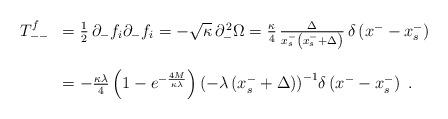
LaTeX: \begin{align*}\begin{array}{cl}T_{--}^f&={1\over2}\,\partial_- f_i\partial_- f_i=-\sqrt{\kappa}\,\partial_-^{\,2}\Omega={\kappa\over4}\,\frac{\Delta}{x^-_s\left(x^-_s+\Delta\right)}\,\delta\left(x^--x^-_s\right)\\\\\ &=-{{\kappa\lambda}\over4}\left(1-e^{-\frac{4M}{\kappa\lambda}}\right){\left(-\lambda\left(x^-_s+\Delta\right)\right)}^{-1}\delta\left(x^--x^-_s\right)\;.\end{array}\end{align*}